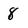
Character: 8